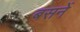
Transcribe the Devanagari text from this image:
बसनें